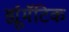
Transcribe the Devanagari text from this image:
र्ह्यूमॅटिक